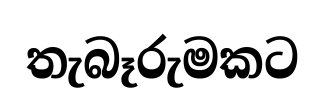
තැබෑරුමකට